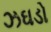
ઝઘડો